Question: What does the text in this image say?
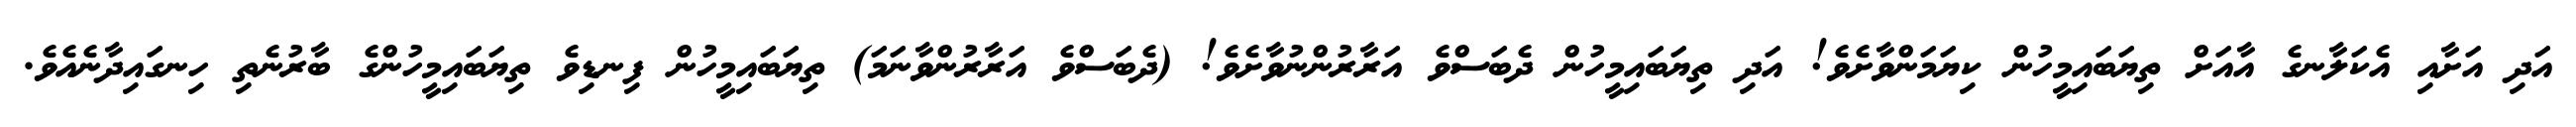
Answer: އަދި އަށާއި އެކަލާނގެ އާއަށް ތިޔަބައިމީހުން ކިޔަމަންވާށެވެ! އަދި ތިޔަބައިމީހުން ދެބަސްވެ އަރާރުންނުވާށެވެ! (ދެބަސްވެ އަރާރުންވާނަމަ) ތިޔަބައިމީހުން ފިނޑިވެ ތިޔަބައިމީހުންގެ ބާރުނެތި ހިނގައިދާނެއެވެ.